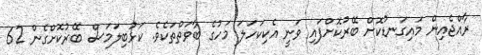
ރާއްޖެއިން މައިގަނޑުކޮށް ބޭރުކޮށްފައި ވަނީ އެކިކަހަލަ މަހުގެ ބާވަތްތަކެވެ. ކަޅުބިލަމަސް ބޭރުކޮށްގެން 62